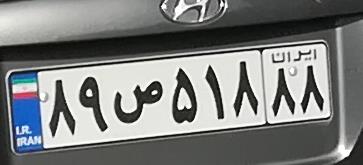
۸۹ص۵۱۸۸۸